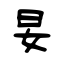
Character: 妟